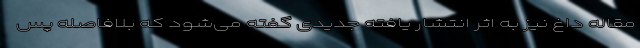
مقاله داغ نیز به اثر انتشار یافته جدیدی گفته می‌شود که بلافاصله پس